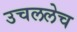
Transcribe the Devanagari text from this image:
उचललेच